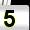
Digit: 5